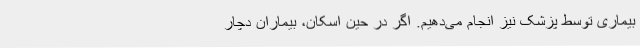
بیماری توسط پزشک نیز انجام می‌دهیم. اگر در حین اسکان، بیماران دچار